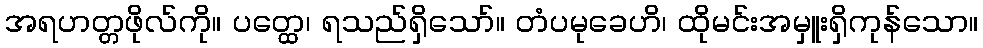
အရဟတ္တဖိုလ်ကို။ ပတ္ထေ၊ ရသည်ရှိသော်။ တံပမုခေဟိ၊ ထိုမင်းအမှူးရှိကုန်သော။